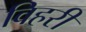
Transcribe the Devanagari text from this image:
विहरी